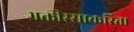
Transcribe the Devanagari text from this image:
भक्तीरसाकरिता